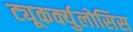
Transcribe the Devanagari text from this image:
ट्यूकर्क्युलोसिस